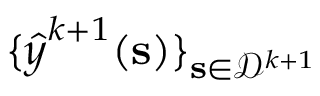
\{ \boldsymbol { { \widehat { y } } } ^ { k + 1 } ( \mathbf { s } ) \} _ { \mathbf { s } \in \mathcal { D } ^ { k + 1 } }